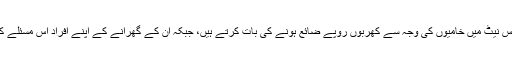
ہمارے وزیر اعظم ٹیکس نیٹ میں خامیوں کی وجہ سے کھربوں روپے ضائع ہونے کی بات کرتے ہیں، جبکہ ان کے گھرانے کے اپنے افراد اس مسئلے کی وجہ بنے ہوئے ہیں۔